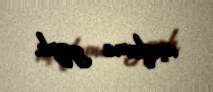
açıqlama yayıb.